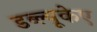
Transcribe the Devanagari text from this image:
डब्ल्यूकेए